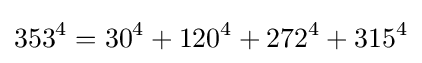
353^{4}=30^{4}+120^{4}+272^{4}+315^{4}